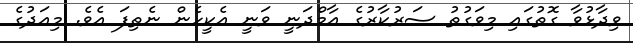
ވިދާޅުވާ ގޮތުގައި މިވަގުތު ސަރުކާރުގެ އާމްދަނީ ވަނީ އެކީހެން ނެތިފަ އެވެ. މިއަދުގެ